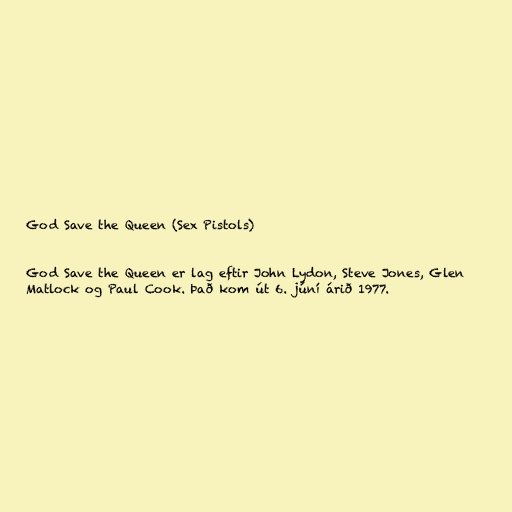
God Save the Queen (Sex Pistols)

God Save the Queen er lag eftir John Lydon, Steve Jones, Glen
Matlock og Paul Cook. Það kom út 6. júní árið 1977.